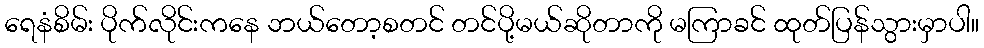
ရေနံစိမ်း ပိုက်လိုင်းကနေ ဘယ်တော့စတင် တင်ပို့မယ်ဆိုတာကို မကြာခင် ထုတ်ပြန်သွားမှာပါ။